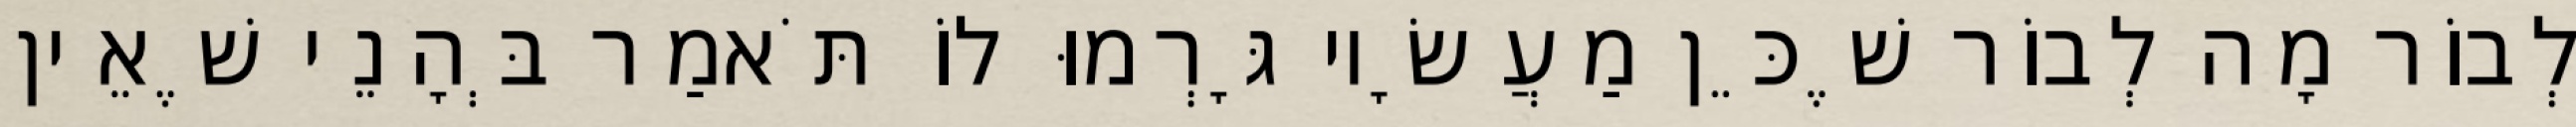
לְבוֹר מָה לְבוֹר שֶׁכֵּן מַעֲשָׂיו גָּרְמוּ לוֹ תֹּאמַר בְּהָנֵי שֶׁאֵין